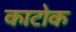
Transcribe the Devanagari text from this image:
काटोक